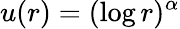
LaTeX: u(r)=(\log r)^{\alpha}